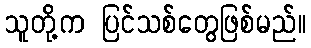
သူတို့က ပြင်သစ်တွေဖြစ်မည်။